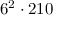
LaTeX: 6 ^ { 2 } \cdot 2 1 0